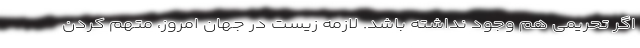
اگر تحریمی هم وجود نداشته باشد. لازمه زیست در جهان امروز، متهم کردن